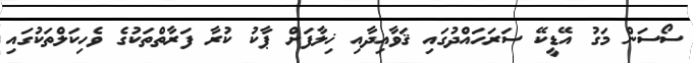
ސޯސަން މަގު އޭޑީކޭ ސަރަހައްދުގައި ޤަވާއިދާއި ޚިލާފަށް ޕާކު ކުރާ ފަރާތްތަކުގެ ވެހިކަލްތަކުގައި